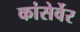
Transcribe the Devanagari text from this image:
कांसेर्वेर